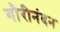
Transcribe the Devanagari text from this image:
गौरीनंदन